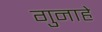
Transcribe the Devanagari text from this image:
गुनाहे